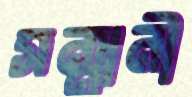
সন্মানী